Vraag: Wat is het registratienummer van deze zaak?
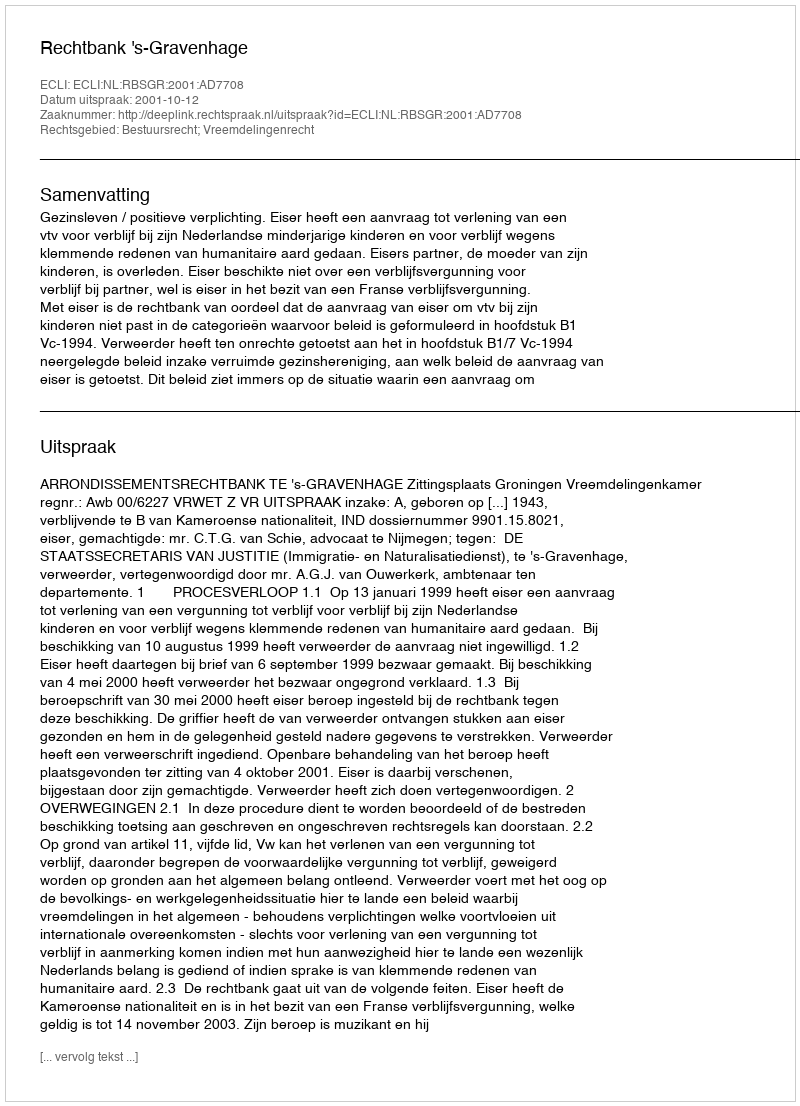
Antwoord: http://deeplink.rechtspraak.nl/uitspraak?id=ECLI:NL:RBSGR:2001:AD7708